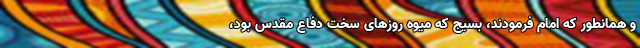
و همانطور که امام فرمودند، بسیج که میوه روزهای سخت دفاع مقدس بود،